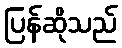
ပြန်ဆိုသည်